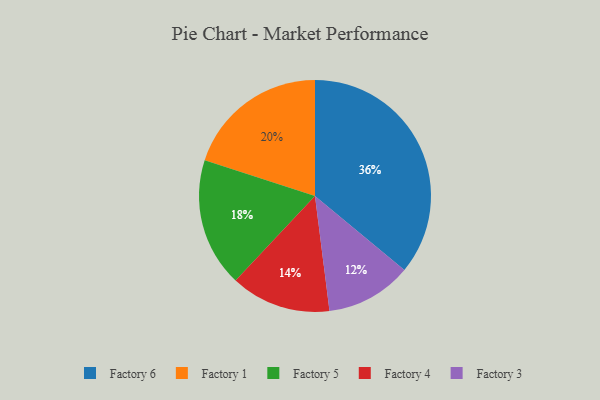
{"axis": {"x": "Category", "y": "Percentage"}, "legend": ["Factory 1", "Factory 3", "Factory 4", "Factory 5", "Factory 6"], "data": [{"x": "Factory 5", "y": 18, "type": "Factory 5"}, {"x": "Factory 1", "y": 20, "type": "Factory 1"}, {"x": "Factory 4", "y": 14, "type": "Factory 4"}, {"x": "Factory 6", "y": 36, "type": "Factory 6"}, {"x": "Factory 3", "y": 12, "type": "Factory 3"}]}